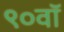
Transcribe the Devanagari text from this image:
९०वॉ